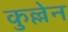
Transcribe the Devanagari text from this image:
कुल्लेन